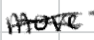
Text: move
Cross-out: cross
Writing tool: digital_black